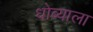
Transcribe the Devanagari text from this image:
धोब्याला